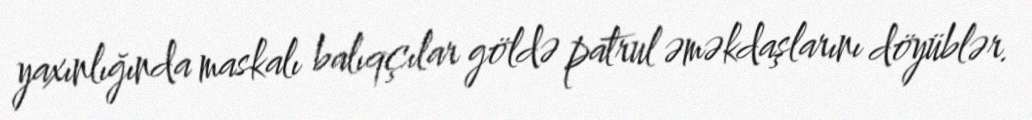
yaxınlığında maskalı balıqçılar göldə patrul əməkdaşlarını döyüblər.